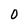
Character: 0